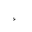
Letter: _hamza